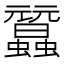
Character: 𧕜